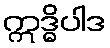
ဣဒ္ဓိပါဒ